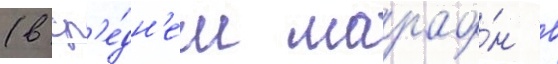
(в ср'е́дн'ем марафо́н в